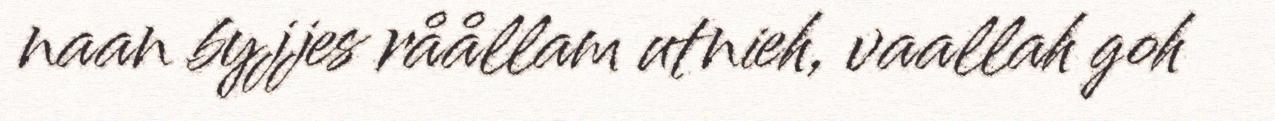
naan byjjes råållam utnieh, vaallah goh